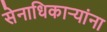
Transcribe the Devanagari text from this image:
सेनाधिकाऱ्यांना